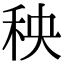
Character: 秧